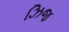
ઝિજ